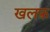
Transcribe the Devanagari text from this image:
खलफ़